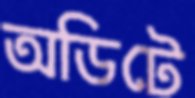
অডিটে